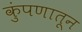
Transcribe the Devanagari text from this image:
कुंपणातून